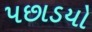
પછાડયો